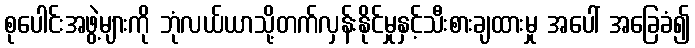
စုပေါင်းအဖွဲ့များကို ဘုံလယ်ယာသို့တက်လှန်းနိုင်မှုနှင့်သီးစားချထားမှု အပေါ် အခြေခံ၍